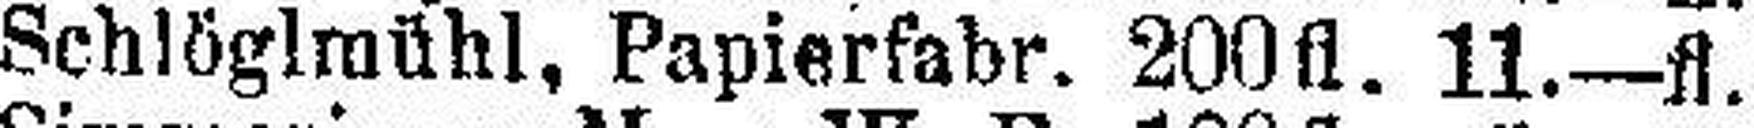
Schlöglmühl, Papierfabr. 200 fl. 11.—fl.